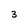
Character: 3